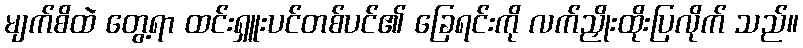
မျက်စိထဲ တွေ့ရာ ထင်းရှူးပင်တစ်ပင်၏ ခြေရင်းကို လက်ညှိုးထိုးပြလိုက် သည်။